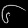
Digit: ၆